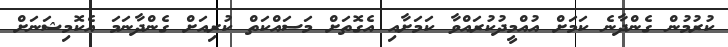
ކުރުމުން ގެންދާނެ ކަމަށް އުއްމީދުކުރައްވާ ކަމަށާއި އެގޮތަށް މަސައްކަތް ކުރިއަށް ގެންދާނަމަ އެކޮމިޝަނަށް